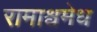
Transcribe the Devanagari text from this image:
रामाश्वमेध